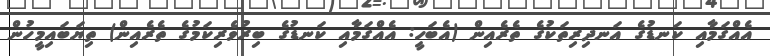
އެއްގަމާއި ކަނޑުގެ އަނދިރިތަކުގެ ތެރެއިން (އެބަހީ: އެއްގަމާއި ކަނޑުގެ ބިރުުވެރިކަމުގެ ތެރެއިން) ތިޔަބައިމީހުން